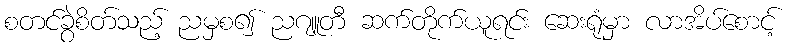
စတင်ခွဲစိတ်သည့် ညမှစ၍ ညဂျူတီ ဆက်တိုက်ယူရင်း ဆေးရုံမှာ လာအိပ်စောင့်